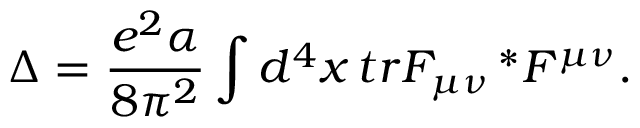
\Delta = \frac { e ^ { 2 } \alpha } { 8 \pi ^ { 2 } } \int d ^ { 4 } x \, t r F _ { \mu \nu } \, ^ { * } F ^ { \mu \nu } .